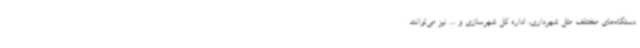
دستگاه‌های مختلف مثل شهرداری، اداره کل شهرسازی و ... نیز می‌توانند